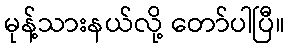
မုန့်သားနယ်လို့ တော်ပါပြီ။